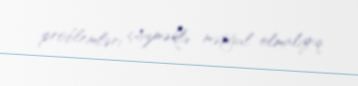
problemləri çözməklə məşğul olmalıyıq.